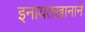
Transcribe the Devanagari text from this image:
इनायतखानाने